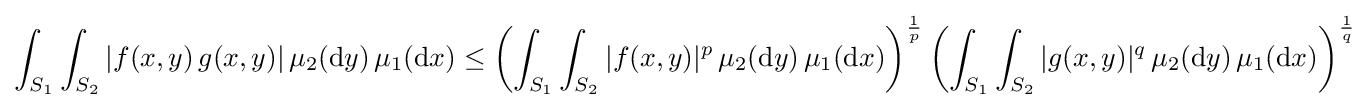
\int _{S_{1}}\int _{S_{2}}|f(x,y)\,g(x,y)|\,\mu _{2}(\mathrm {d} y)\,\mu _{1}(\mathrm {d} x)\leq \left(\int _{S_{1}}\int _{S_{2}}|f(x,y)|^{p}\,\mu _{2}(\mathrm {d} y)\,\mu _{1}(\mathrm {d} x)\right)^{\frac {1}{p}}\left(\int _{S_{1}}\int _{S_{2}}|g(x,y)|^{q}\,\mu _{2}(\mathrm {d} y)\,\mu _{1}(\mathrm {d} x)\right)^{\frac {1}{q}}